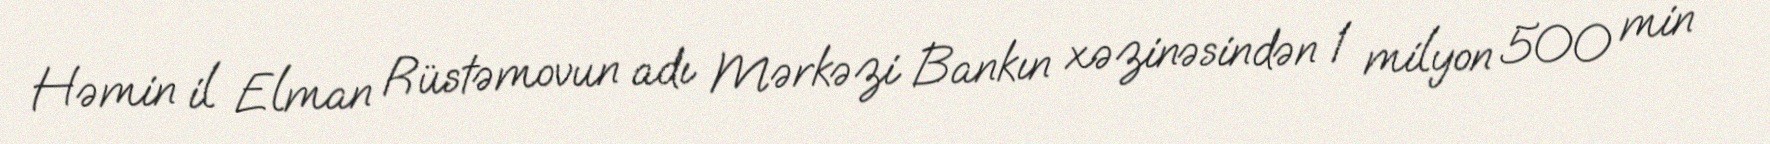
Həmin il Elman Rüstəmovun adı Mərkəzi Bankın xəzinəsindən 1 milyon 500 min